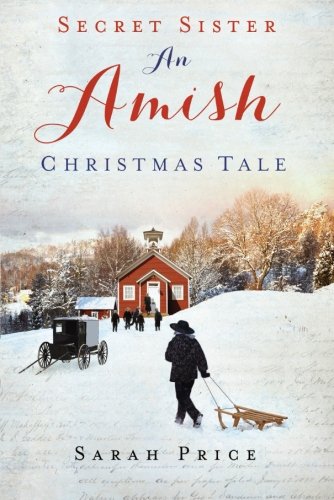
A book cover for Secret Sister: An Amish Christmas Tale; Sarah Price; Romance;